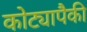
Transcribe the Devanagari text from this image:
कोट्यापैकी